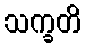
သက္ခတိ